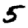
Digit: 5